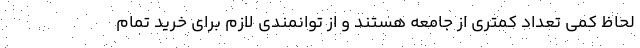
لحاظ کمی تعداد کمتری از جامعه هستند و از توانمندی لازم برای خرید تمام